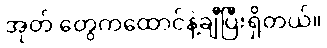
အုတ် တွေကထောင်နဲ့ချီပြီးရှိတယ်။